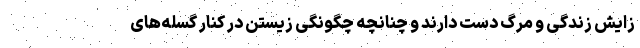
زایش زندگی و مرگ دست دارند و چنانچه چگونگی زیستن در کنار گسله‌های